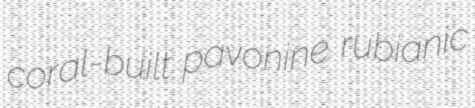
coral-built pavonine rubianic